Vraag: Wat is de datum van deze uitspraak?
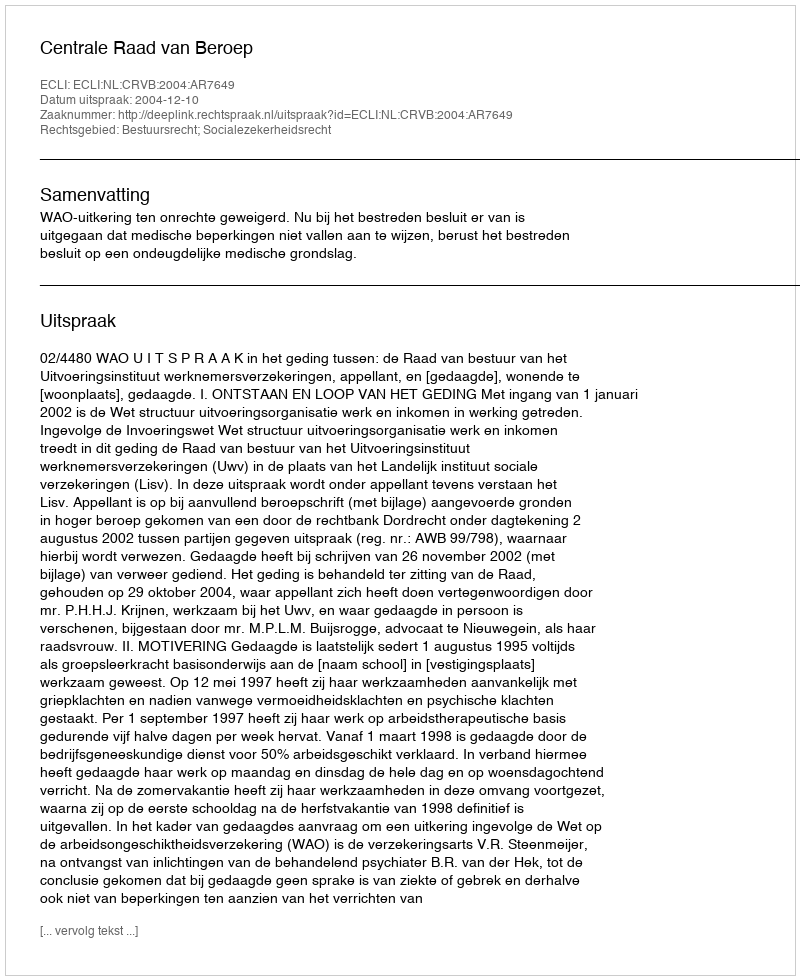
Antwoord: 2004-12-10